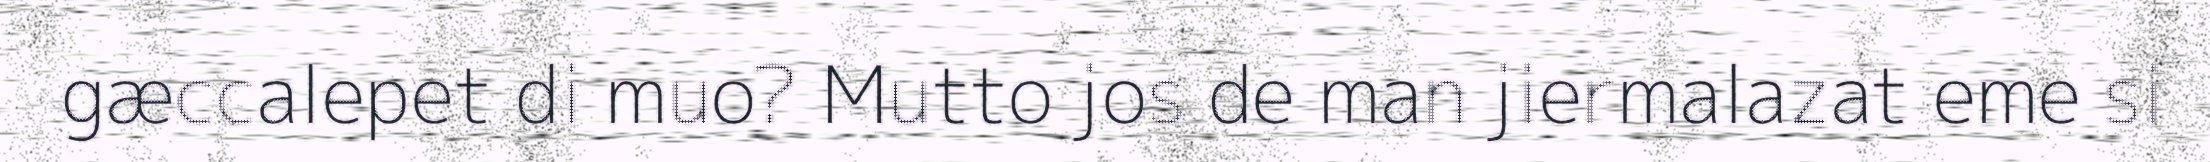
gæccalepet di muo? Mutto jos de man jiermalazat eme si